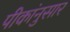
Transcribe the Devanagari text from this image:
पीकांनुसार